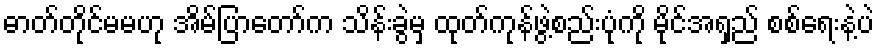
ဓာတ်တိုင်မမဟု အိမ်ပြာတော်က သိန်းခွဲမှ ထုတ်ကုန်ဖွဲ့စည်းပုံကို မိုင်အရှည် စစ်ရေးနဲ့ပဲ